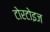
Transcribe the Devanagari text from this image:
टोरटोइज